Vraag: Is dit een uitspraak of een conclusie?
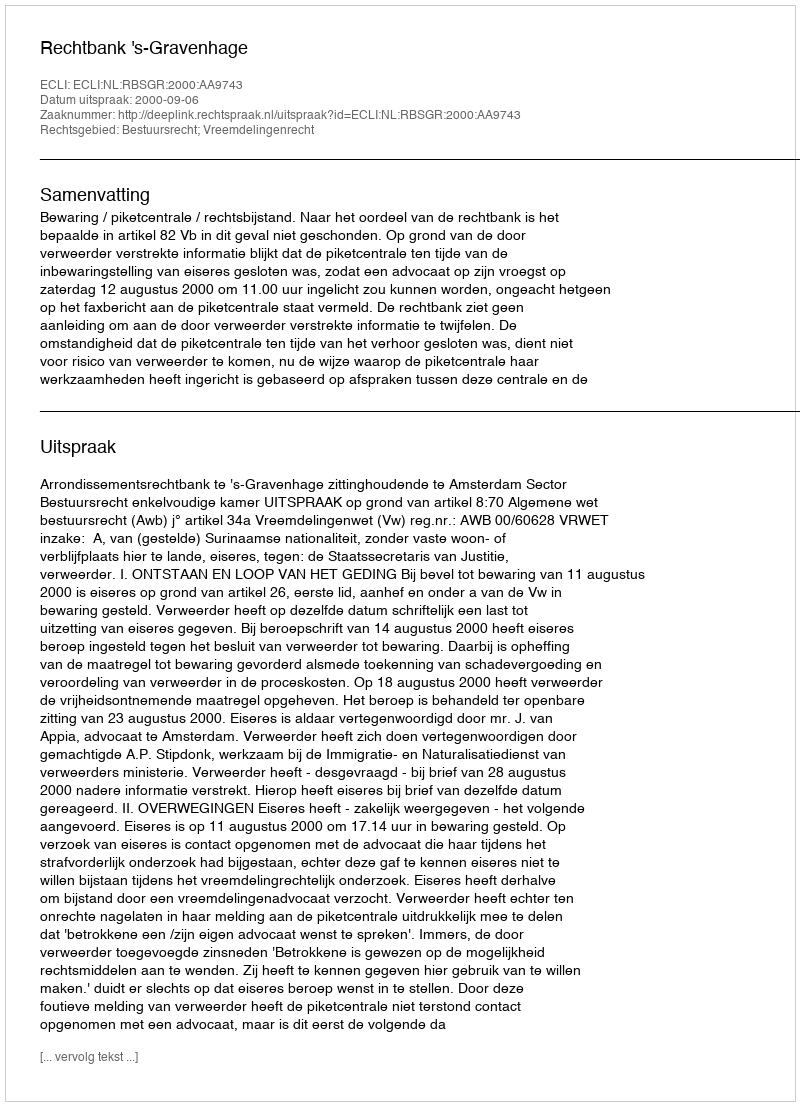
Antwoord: Uitspraak